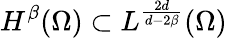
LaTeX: H^{\beta}(\Omega)\subset L^{\frac{2d}{d-2\beta}}(\Omega)